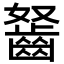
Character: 𪗭